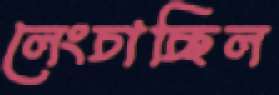
লেংচাচ্ছিল